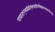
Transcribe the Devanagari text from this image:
गावात१एमबीबीएसपदवीधरवैद्यकव्यवसायीआहे